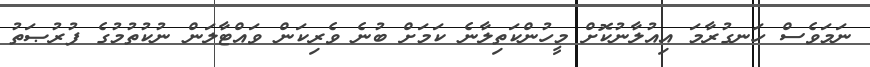
ނަމަވެސް ހަނގުރާމަ އިއުލާނުކޮށް މީހުންކަތިލާނެ ކަމަށް ބުނެ ވެރިކަން ވައްޓާލަން ނުކުތުމުގެ ފުރުޞަތު